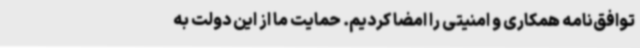
توافق‌نامه همکاری و امنیتی را امضا کردیم. حمایت ما از این دولت به